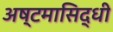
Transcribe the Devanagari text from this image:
अष्टमासिद्धी